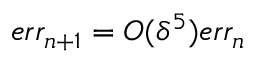
e r r _ { n + 1 } = O ( \delta ^ { 5 } ) e r r _ { n }